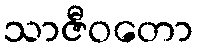
သာဇီဝတော